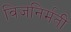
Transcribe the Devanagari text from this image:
विजनिर्मती